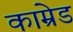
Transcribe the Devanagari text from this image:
काम्रेड